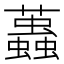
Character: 𧔴